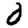
Digit: 0